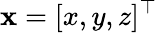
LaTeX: \mathbf{x}=[x,y,z]^{\top}